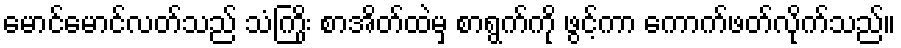
မောင်မောင်လတ်သည် သံကြိုး စာအိတ်ထဲမှ စာရွက်ကို ဖွင့်ကာ ကောက်ဖတ်လိုက်သည်။